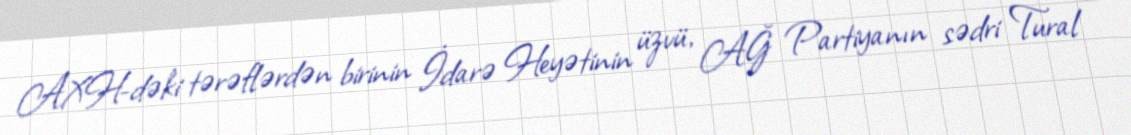
AXH-dəki tərəflərdən birinin İdarə Heyətinin üzvü, AĞ Partiyanın sədri Tural